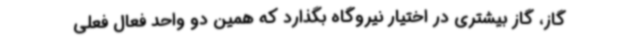
گاز، گاز بیشتری در اختیار نیروگاه بگذارد که همین دو واحد فعال فعلی